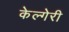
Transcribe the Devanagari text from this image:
केल्गेरी